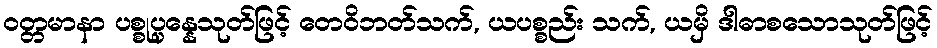
ဝတ္တမာနာ ပစ္စုပ္ပန္နေသုတ်ဖြင့် တေဝိဘတ်သက်, ယပစ္စည်း သက်, ယမှိ ဒါဓာစသောသုတ်ဖြင့်